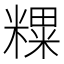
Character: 𥼑